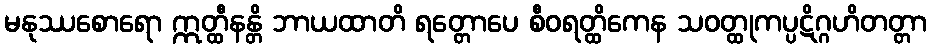
မနုဿစောရော ဣတ္ထီနန္တိ ဘာယထာတိ ရတ္တောပေ စီဝရတ္ထိကေန သဝတ္ထုကပ္ပဋိဂ္ဂဟိတတ္တာ